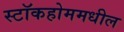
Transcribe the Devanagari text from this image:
स्टॉकहोममधील